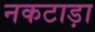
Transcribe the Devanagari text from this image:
नकटाड़ा